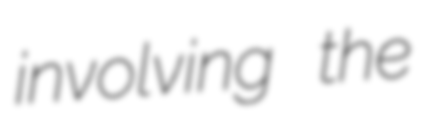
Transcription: involving the